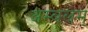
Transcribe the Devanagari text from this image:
अम्बलम्